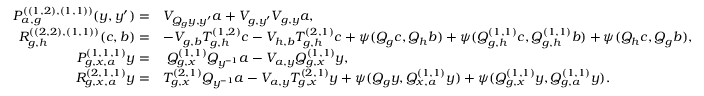
\begin{array} { r l } { P _ { a , g } ^ { ( ( 1 , 2 ) , ( 1 , 1 ) ) } ( y , y ^ { \prime } ) = } & { V _ { Q _ { g } y , y ^ { \prime } } a + V _ { g , y ^ { \prime } } V _ { g , y } a , } \\ { R _ { g , h } ^ { ( ( 2 , 2 ) , ( 1 , 1 ) ) } ( c , b ) = } & { - V _ { g , b } T _ { g , h } ^ { ( 1 , 2 ) } c - V _ { h , b } T _ { g , h } ^ { ( 2 , 1 ) } c + \psi ( Q _ { g } c , Q _ { h } b ) + \psi ( Q _ { g , h } ^ { ( 1 , 1 ) } c , Q _ { g , h } ^ { ( 1 , 1 ) } b ) + \psi ( Q _ { h } c , Q _ { g } b ) , } \\ { P _ { g , x , a } ^ { ( 1 , 1 , 1 ) } y = } & { \; Q _ { g , x } ^ { ( 1 , 1 ) } Q _ { y ^ { - 1 } } a - V _ { a , y } Q _ { g , x } ^ { ( 1 , 1 ) } y , } \\ { R _ { g , x , a } ^ { ( 2 , 1 , 1 ) } y = } & { T _ { g , x } ^ { ( 2 , 1 ) } Q _ { y ^ { - 1 } } a - V _ { a , y } T _ { g , x } ^ { ( 2 , 1 ) } y + \psi ( Q _ { g } y , Q _ { x , a } ^ { ( 1 , 1 ) } y ) + \psi ( Q _ { g , x } ^ { ( 1 , 1 ) } y , Q _ { g , a } ^ { ( 1 , 1 ) } y ) . } \end{array}